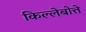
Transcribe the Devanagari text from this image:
किल्लेबोत्ते